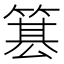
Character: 𥱕